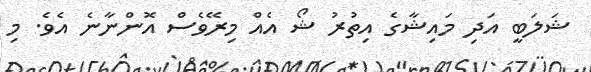
ޝަލަބީ އަދި މައިޝާގެ އިތުރު ޝޯ އެއް މިރޭވެސް އޮންނާނެ އެވެ. މި